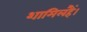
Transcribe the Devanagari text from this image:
शामिलहैं।